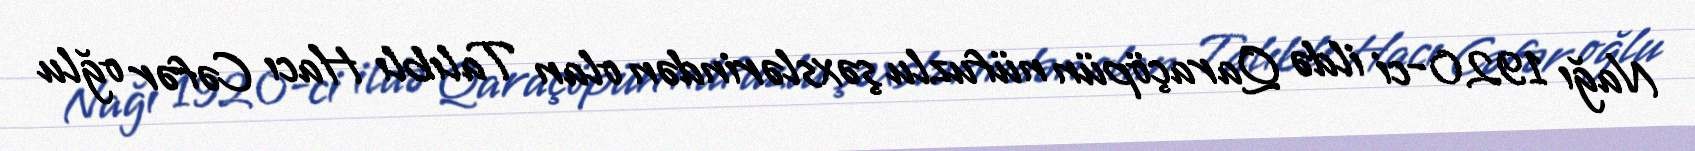
Nağı 1920-ci ildə Qaraçöpün nüfuzlu şəxslərindən olan Talıblı Hacı Cəfər oğlu